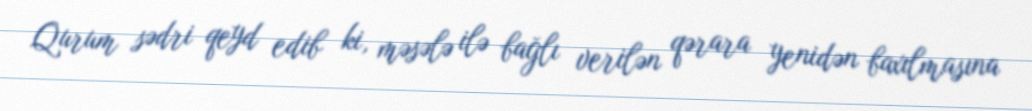
Qurum sədri qeyd edib ki, məsələ ilə bağlı verilən qərara yenidən baxılmasına